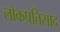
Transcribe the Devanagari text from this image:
लोकप्रतिसाद